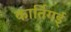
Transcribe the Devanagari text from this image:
कार्तिगई